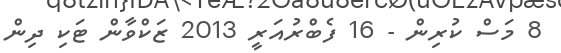
8 މަސް ކުރިން - 16 ފެބްރުއަރީ 2013 ޒަކްވާން ޓަކި ދިން